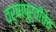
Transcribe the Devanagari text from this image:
वर्षापूर्वीचेच